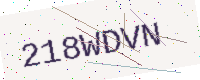
Text: 218WDVN